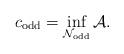
LaTeX: \begin{align*} c_\mathrm{odd} = \inf_{\mathcal{N}_{\mathrm{odd}}} \mathcal{A}.\end{align*}